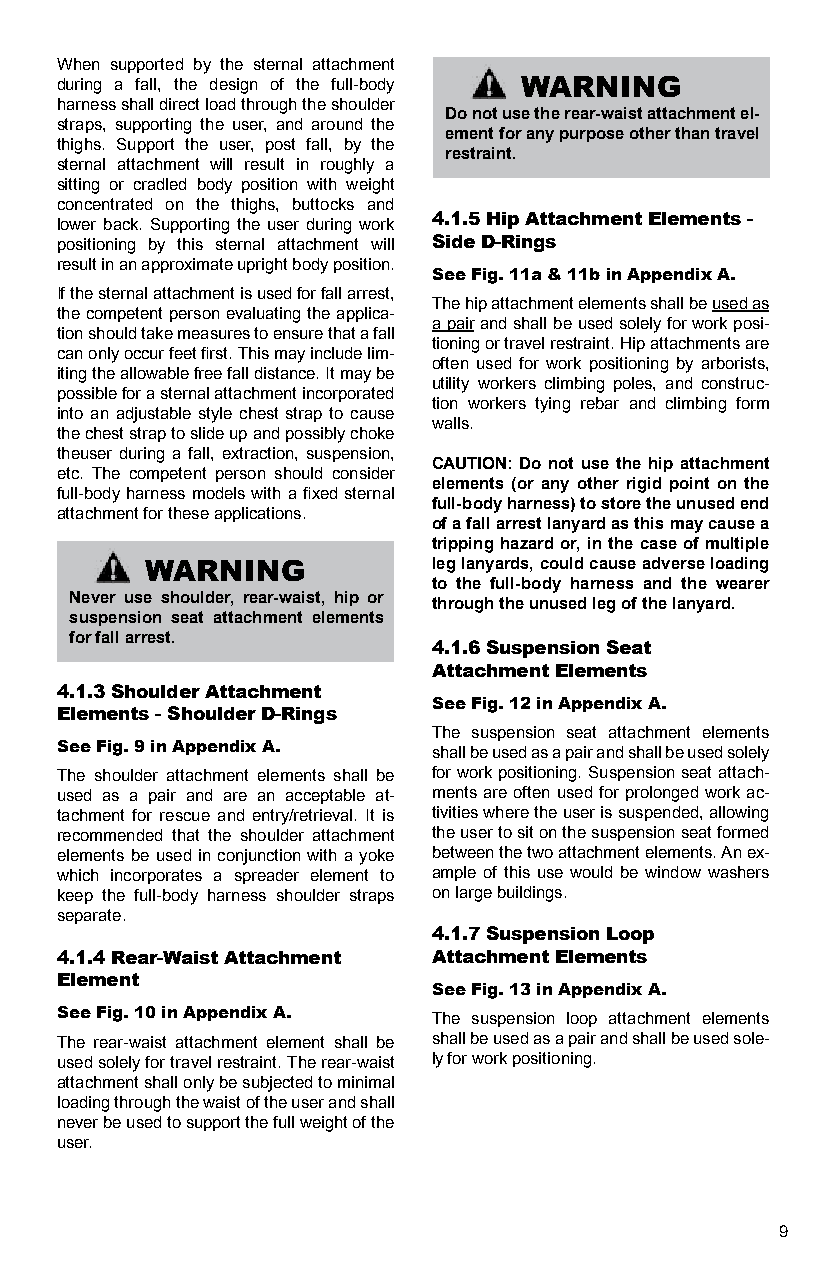
When supported by the sternal attachment
 during a fall, the design of the full-body WARNING
 harness shall direct load through the shoulder
 Do not use the rear-waist attachment el-
 straps, supporting the user, and around the
 ement for any purpose other than travel
 thighs. Support the user, post fall, by the
 restraint.
 sternal attachment will result in roughly a
 sitting or cradled body position with weight
 concentrated on the thighs, buttocks and
 lower back. Supporting the user during work 4.1.5 Hip Attachment Elements -
 positioning by this sternal attachment will Side D-Rings
 result in an approximate upright body position.
 See Fig. 11a & 11b in Appendix A.
 If the sternal attachment is used for fall arrest,
 The hip attachment elements shall be used as
 the competent person evaluating the applica-
 a pair and shall be used solely for work posi-
 tion should take measures to ensure that a fall
 tioning or travel restraint. Hip attachments are
 can only occur feet first. This may include lim-
 often used for work positioning by arborists,
 iting the allowable free fall distance. It may be
 utility workers climbing poles, and construc-
 possible for a sternal attachment incorporated
 tion workers tying rebar and climbing form
 into an adjustable style chest strap to cause
 walls.
 the chest strap to slide up and possibly choke
 theuser during a fall, extraction, suspension,
 CAUTION: Do not use the hip attachment
 etc. The competent person should consider
 elements (or any other rigid point on the
 full-body harness models with a fixed sternal
 full-body harness) to store the unused end
 attachment for these applications.
 of a fall arrest lanyard as this may cause a
 tripping hazard or, in the case of multiple
 WARNING            leg lanyards, could cause adverse loading
 to the full-body harness and the wearer
 Never use shoulder, rear-waist, hip or through the unused leg of the lanyard.
 suspension seat attachment elements
 for fall arrest.
 4.1.6 Suspension Seat
 Attachment Elements
 4.1.3 Shoulder Attachment
 See Fig. 12 in Appendix A.
 Elements - Shoulder D-Rings
 The suspension seat attachment elements
 See Fig. 9 in Appendix A. shall be used as a pair and shall be used solely
 The shoulder attachment elements shall be for work positioning. Suspension seat attach-
 used as a pair and are an acceptable at- ments are often used for prolonged work ac-
 tachment for rescue and entry/retrieval. It is tivities where the user is suspended, allowing
 recommended that the shoulder attachment the user to sit on the suspension seat formed
 elements be used in conjunction with a yoke between the two attachment elements. An ex-
 which incorporates a spreader element to ample of this use would be window washers
 keep the full-body harness shoulder straps on large buildings.
 separate.
 4.1.7 Suspension Loop
 4.1.4 Rear-Waist Attachment Attachment Elements
 Element
 See Fig. 13 in Appendix A.
 See Fig. 10 in Appendix A. The suspension loop attachment elements
 The rear-waist attachment element shall be shall be used as a pair and shall be used sole-
 used solely for travel restraint. The rear-waist ly for work positioning.
 attachment shall only be subjected to minimal
 loading through the waist of the user and shall
 never be used to support the full weight of the
 user.
 9